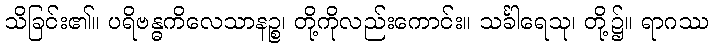
သိခြင်း၏။ ပရိဗန္ဓကိလေသာနဉ္စ၊ တို့ကိုလည်းကောင်း။ သင်္ခါရေသု၊ တို့၌။ ရာဂဿ